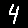
Digit: 4